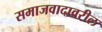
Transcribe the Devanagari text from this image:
समाजवादावरील